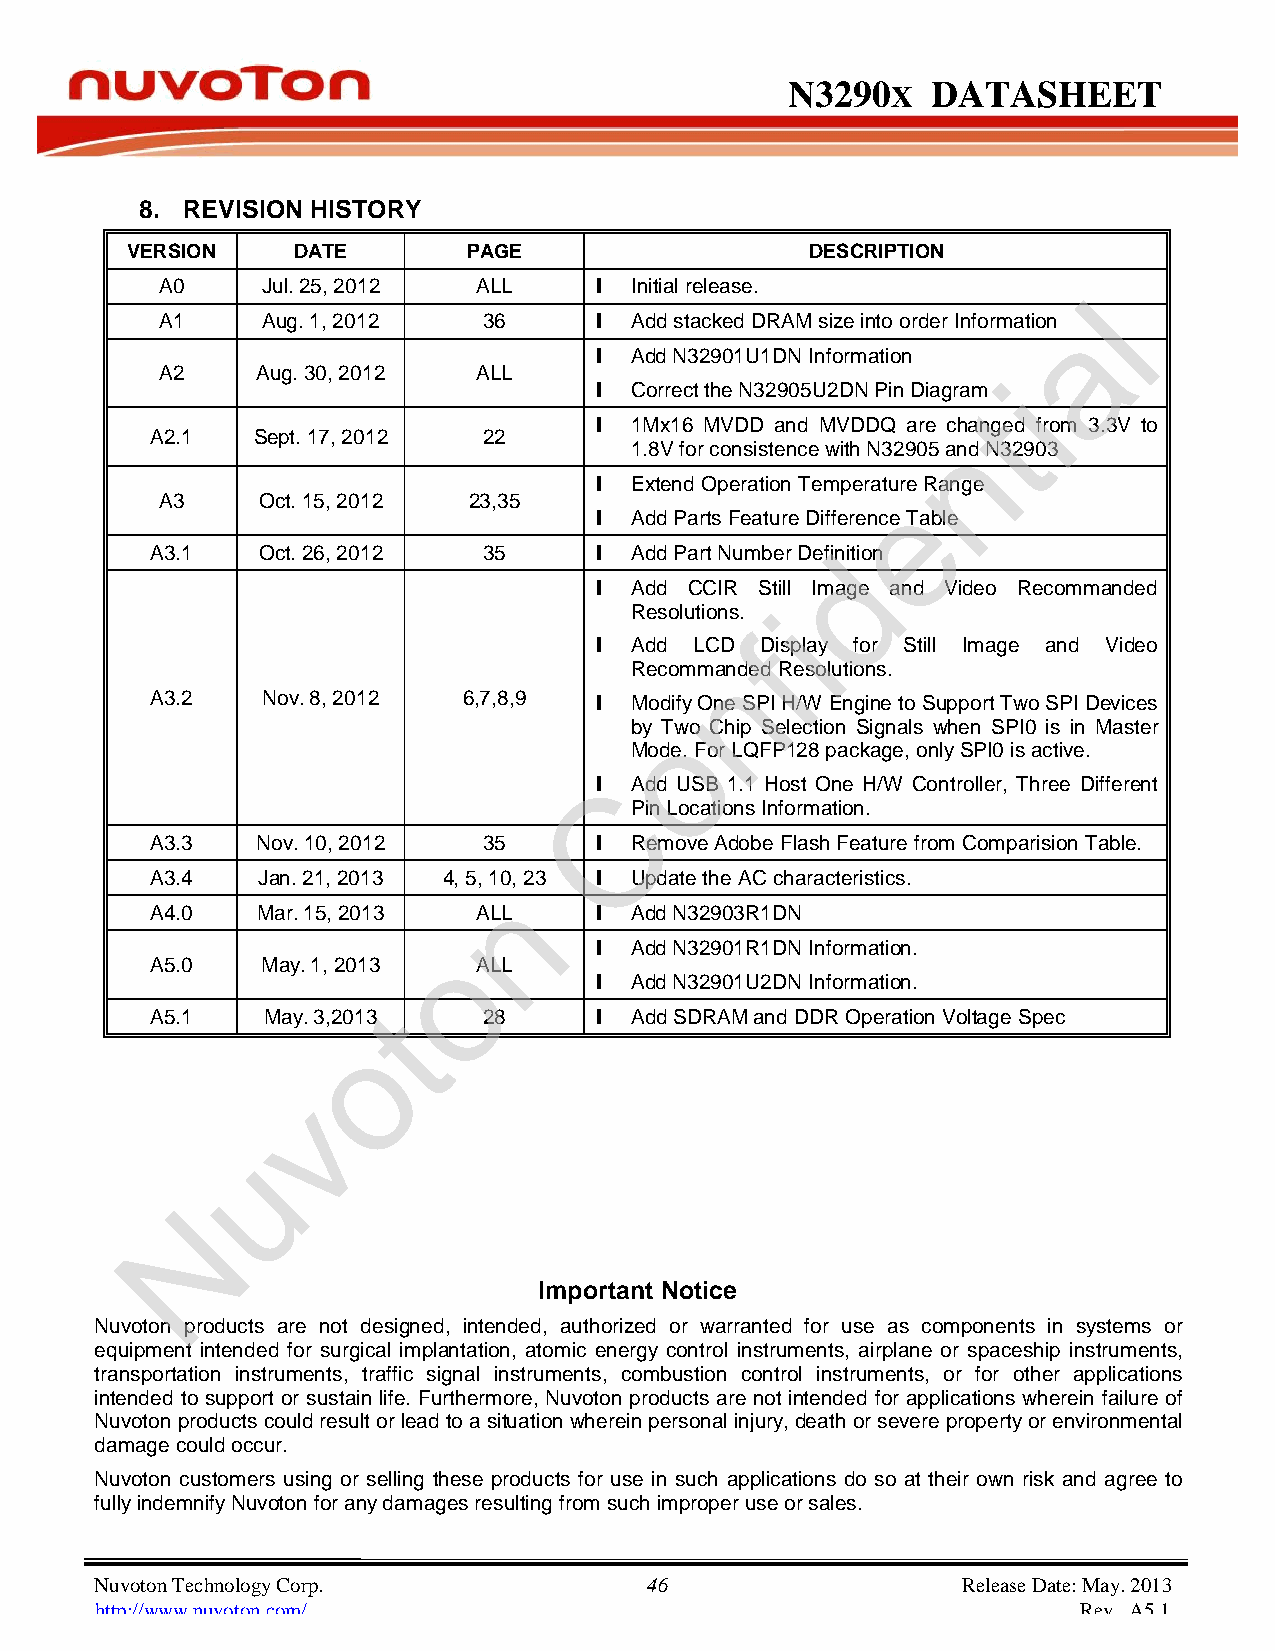
N3290      X DATASHEET
 8. REVISION HISTORY
 VERSION DATE PAGE DESCRIPTION
 A0 Jul. 25, 2012 ALL        l Initial release.
 l
 A1 Aug. 1, 2012 36          l Add stacked DRAM size into order Information a
 l Add N32901U1DN Information
 A2 Aug. 30, 2012 ALL                                   i
 l Correct the N32905U2DN Pin Diagram
 t
 l 1Mx16 MVDD and MVDDQ are channged from 3.3V to
 A2.1 Sept. 17, 2012   22
 1.8V for consistence with N32905 and N32903
 l Extend Operation Temperaturee Range
 A3 Oct. 15, 2012 23,35
 l Add Parts Feature Difference Table
 A3.1 Oct. 26, 2012 35        l Add Part Number Defindition
 l Add CCIR Still Image and Video Recommanded
 Resolutions. i
 f
 l Add LCD Display for Still Image and Video
 n
 Recommanded Resolutions.
 A3.2 Nov. 8, 2012 6,7,8,9    l Modify One SPI H/W Engine to Support Two SPI De vices
 o
 by Two Chip Selection Signals when SPI0 is in Master
 Mode. For LQFP128 package, only SPI0 is active.
 lC Add USB 1.1 Host One H/W Controller, Three Different
 Pin Locations Information.
 A3.3 Nov. 10, 2012 35        l Remove Adobe Flash Feature from Comparision Table.
 A3.4 Jan. 21, 2013 4, 5, 10, 23 l Update the AC characteristics.
 n
 A4.0 Mar. 15, 2013 ALL       l Add N32903R1DN
 o         l Add N32901R1DN Information.
 A5.0 May. 1, 2013 ALL
 l Add N32901U2DN Information.
 t
 A5.1 May. 3,2013 28          l Add SDRAM and DDR Operation Voltage Spec
 o
 v
 u
 N
 Important Notice
 Nuvoton products are not designed, intended, authorized or warranted for use as components in systems or
 equipment intended for surgical implantation, atomic energy control instruments, airplane or spaceship instruments,
 transportation instruments, traffic signal instruments, combustion control instruments, or for other applications
 intended to support or sustain life. Furthermore, Nuvoton products are not intended for applications wherein failure of
 Nuvoton products could result or lead to a situation wherein personal injury, death or severe property or environmental
 damage could occur.
 Nuvoton customers using or selling these products for use in such applications do so at their own risk and agree to
 fully indemnify Nuvoton for any damages resulting from such improper use or sales.
 Nuvoton Technology Corp. 46                               Release Date: May. 2013
 http://www.nuvoton.com/                                           Rev. A5.1